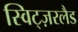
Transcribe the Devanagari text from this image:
स्विट्ज़रलैड